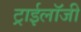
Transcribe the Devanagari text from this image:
ट्राईलॉजी